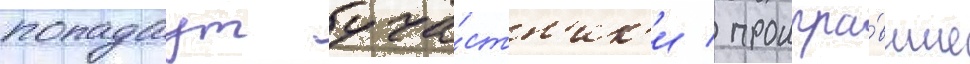
попадаут уча́стн'ик'и / проигра́вшие